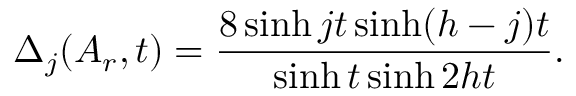
\Delta _ { j } ( A _ { r } , t ) = \frac { 8 \sinh j t \sinh ( h - j ) t } { \sinh t \sinh 2 h t } .